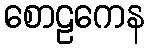
စောဠကေန